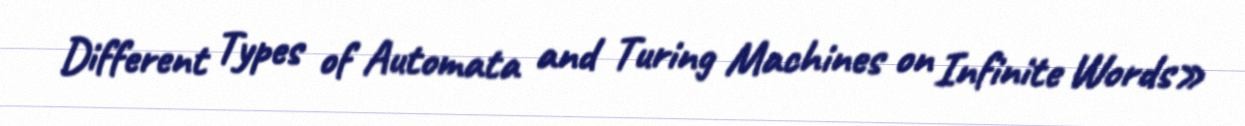
Different Types of Automata and Turing Machines on Infinite Words»